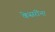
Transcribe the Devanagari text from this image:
केसरींना